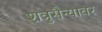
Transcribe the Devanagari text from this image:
शत्रुसैन्यावर